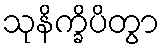
သုနိက္ခိပိတွာ